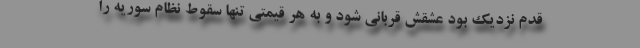
قدم نزدیک بود عشقش قربانی شود و به هر قیمتی تنها سقوط نظام سوریه را